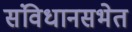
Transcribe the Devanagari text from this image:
संविधानसभेत